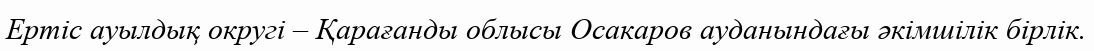
Ертіс ауылдық округі – Қарағанды облысы Осакаров ауданындағы әкімшілік бірлік.